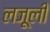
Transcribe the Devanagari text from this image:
लजू़ली